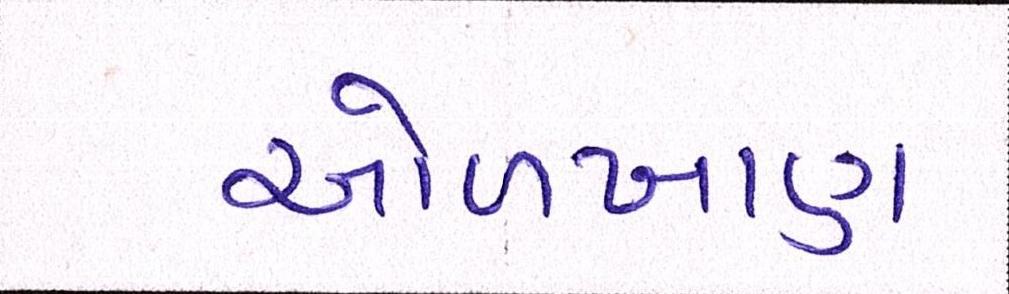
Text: ઓળખાણ